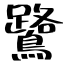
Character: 鷺